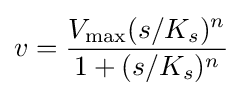
v={\frac {V_{\max }(s/K_{s})^{n}}{1+(s/K_{s})^{n}}}